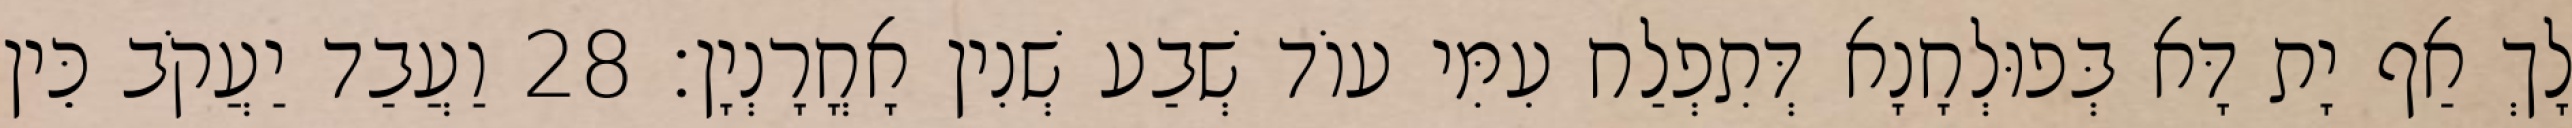
לָךְ אַף יָת דָּא בְּפוּלְחָנָא דְּתִפְלַח עִמִּי עוֹד שְׁבַע שְׁנִין אָחֳרָנְיָן׃ 28 וַעֲבַד יַעֲקֹב כֵּין